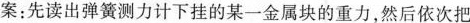
案：先读出弹簧测力计下挂的某一金属块的重力，然后依次把